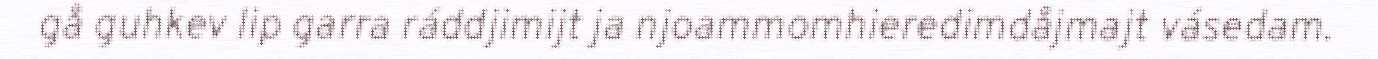
gå guhkev lip garra ráddjimijt ja njoammomhieredimdåjmajt vásedam.